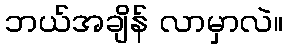
ဘယ်အချိန် လာမှာလဲ။